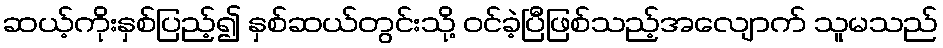
ဆယ့်ကိုးနှစ်ပြည့်၍ နှစ်ဆယ်တွင်းသို့ ဝင်ခဲ့ပြီဖြစ်သည့်အလျောက် သူမသည်